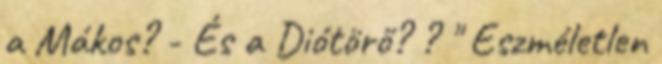
a Mákos? - És a Diótörő? ? " Eszméletlen